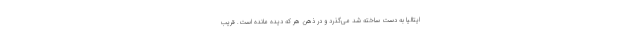
ایتالیا به دست ساخته شد می‌گذرد و در ذهن هر که دیده مانده است. قریب